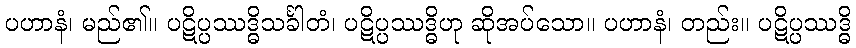
ပဟာနံ၊ မည်၏။ ပဋိပ္ပဿဒ္ဓိသင်္ခါတံ၊ ပဋိပ္ပဿဒ္ဓိဟု ဆိုအပ်သော။ ပဟာနံ၊ တည်း။ ပဋိပ္ပဿဒ္ဓိ